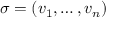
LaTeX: \sigma = ( v _ { 1 } , \dots , v _ { n } )